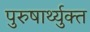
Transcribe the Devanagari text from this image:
पुरुषार्थ्युक्त